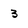
Character: 3